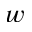
\boldsymbol { w }